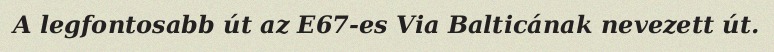
A legfontosabb út az E67-es Via Balticának nevezett út.